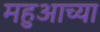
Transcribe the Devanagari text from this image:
महुआच्या